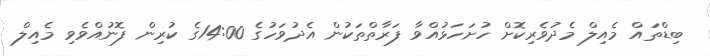
ބިޑްތައް މެއިލް މެދުވެރިކޮށް ހުށަހަޅުއްވާ ފަރާތްތަކުން އެދުވަހުގެ 14:00ގެ ކުރިން ފޮނުއްވެވި މެއިލް